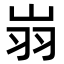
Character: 𦏿